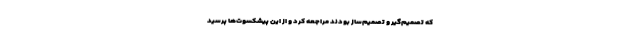
که تصمیم‌گیر و تصمیم‌ساز بودند مراجعه کرد و از این پیشکسوت‌ها پرسید